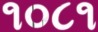
૧૦૮૧